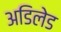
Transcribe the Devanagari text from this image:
अडिलेड